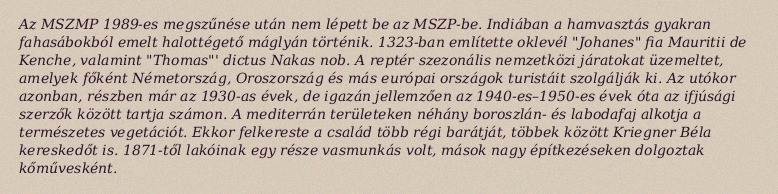
Az MSZMP 1989-es megszűnése után nem lépett be az MSZP-be. Indiában a hamvasztás gyakran fahasábokból emelt halottégető máglyán történik. 1323-ban említette oklevél "Johanes" fia Mauritii de Kenche, valamint "Thomas"' dictus Nakas nob. A reptér szezonális nemzetközi járatokat üzemeltet, amelyek főként Németország, Oroszország és más európai országok turistáit szolgálják ki. Az utókor azonban, részben már az 1930-as évek, de igazán jellemzően az 1940-es–1950-es évek óta az ifjúsági szerzők között tartja számon. A mediterrán területeken néhány boroszlán- és labodafaj alkotja a természetes vegetációt. Ekkor felkereste a család több régi barátját, többek között Kriegner Béla kereskedőt is. 1871-től lakóinak egy része vasmunkás volt, mások nagy építkezéseken dolgoztak kőművesként.